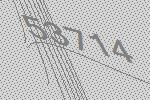
53714